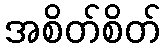
အစိတ်စိတ်